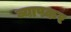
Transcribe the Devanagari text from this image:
व्यापकर